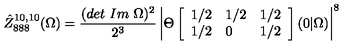
\hat { Z } _ { 8 8 8 } ^ { 1 0 , 1 0 } ( \Omega ) = \frac { ( d e t \ I m \ \Omega ) ^ { 2 } } { 2 ^ { 3 } } \left| \Theta \left[ \begin{array} { l l l } { 1 / 2 } & { 1 / 2 } & { 1 / 2 } \\ { 1 / 2 } & { 0 } & { 1 / 2 } \\ \end{array} \right] ( 0 \vert \Omega ) \right| ^ { 8 }